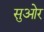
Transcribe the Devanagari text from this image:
सुओर